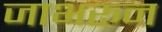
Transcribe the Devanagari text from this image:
जाभरून